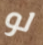
لو